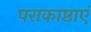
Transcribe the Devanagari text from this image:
पराकाष्ठाएं